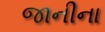
જાનીના